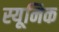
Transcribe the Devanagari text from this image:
स्यूनिक